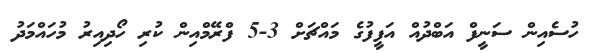
ހުސެއިން ސަނީފް އަބްދުއް އަފީފުގެ މައްޗަށް 3-5 ފްރޭމްއިން ކުރި ހޯދިއިރު މުހައްމަދު